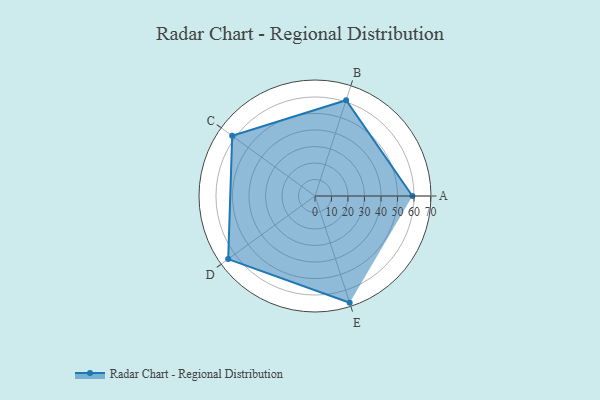
{"axis": {"x": "Skill", "y": "Score"}, "legend": ["Profile"], "data": [{"x": "A", "y": 59.0, "type": "Profile"}, {"x": "B", "y": 61.0, "type": "Profile"}, {"x": "C", "y": 62.0, "type": "Profile"}, {"x": "D", "y": 65.0, "type": "Profile"}, {"x": "E", "y": 68.0, "type": "Profile"}]}